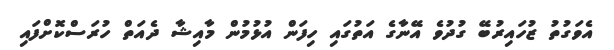
އެވަގުތު ޒުހައިރުބޭ ގުދުވެ އޭނާގެ އަތުގައި ހިފަން އުޅުމުން މާއިޝާ ދެއަތް ހުރަސްކޮށްފައި